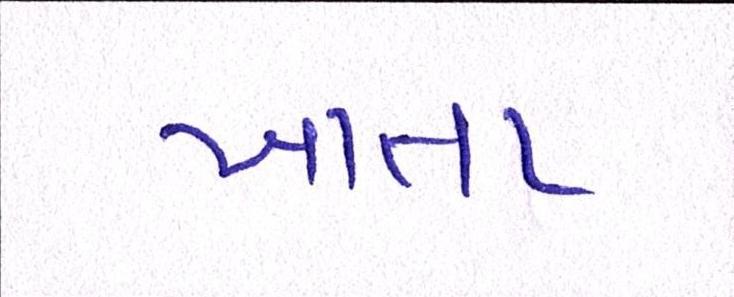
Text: ખાતા